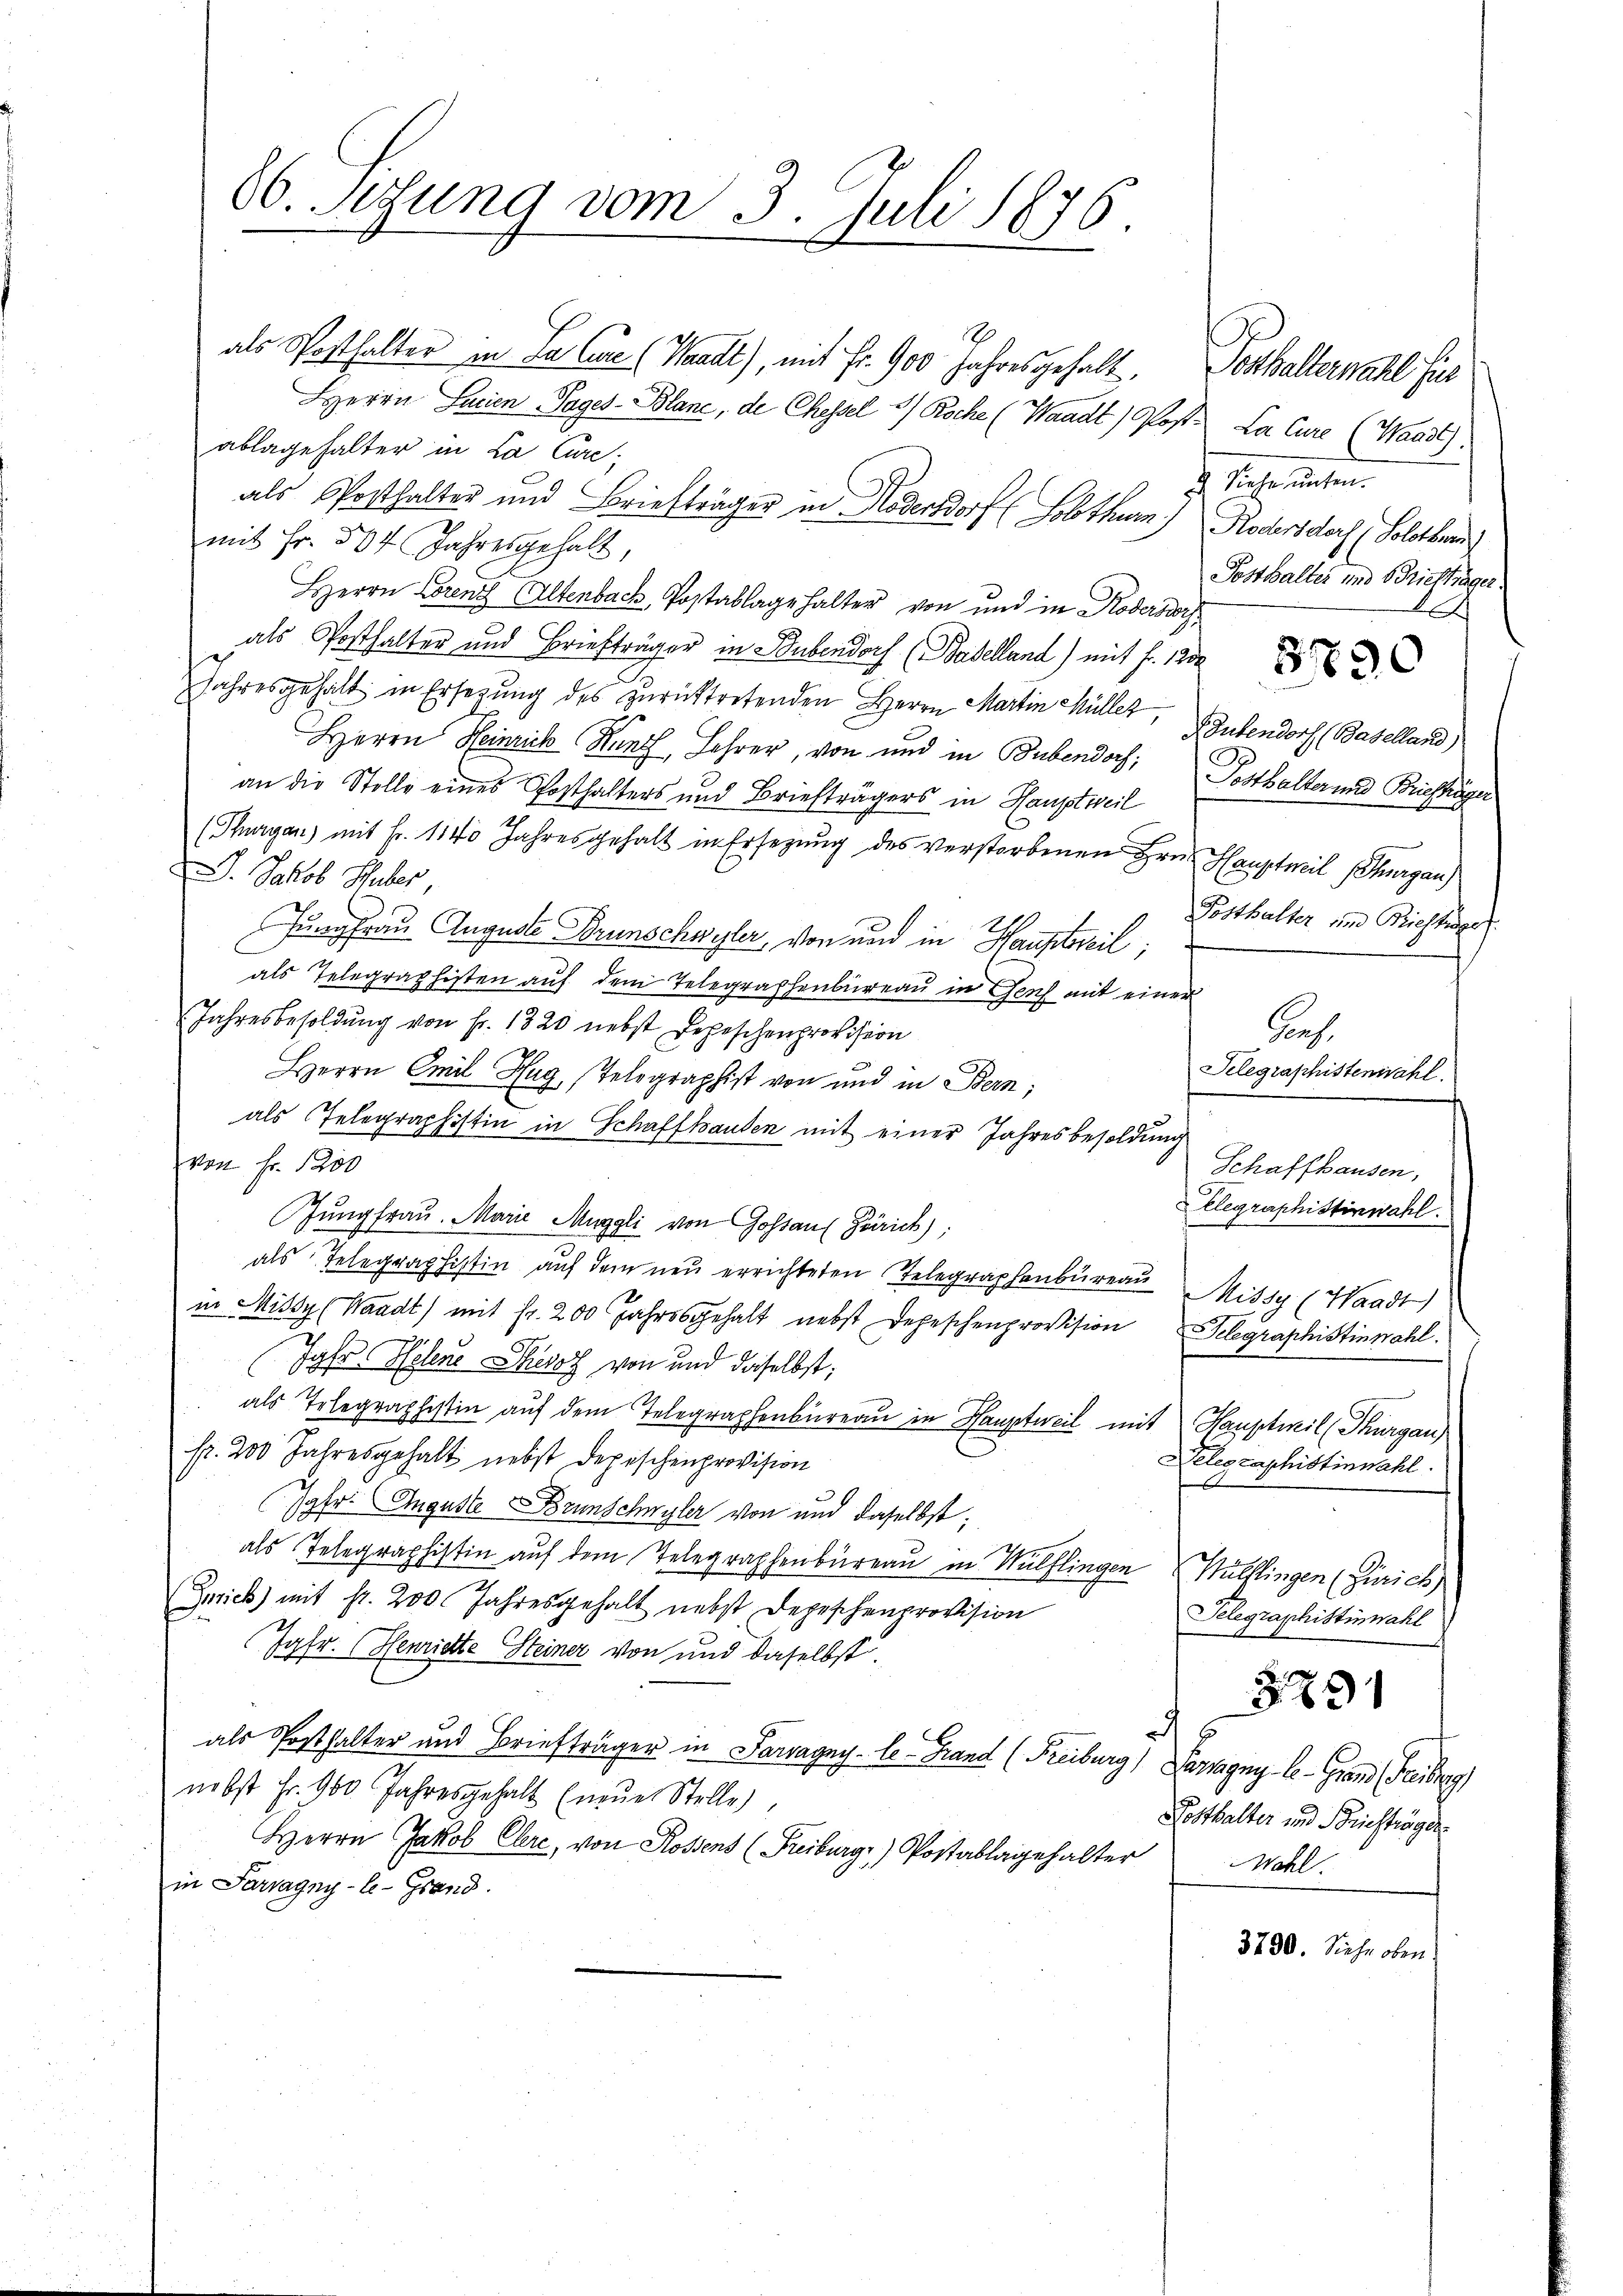
66. Sedung vom 3. Juli 1876.

E
als Posthalter in Salic (Waadt), mit Fr. 900 Jahresgehalt, Gotthalternahl für
Herrn Lacien Tages-Plane, de Chessel 1/ Koche (Waadt) Post. La Cure (Waadt).
ablage halter in La Cure;
als Posthalter und Briefträger in Modensdorf (Solothur) Rodersdorf (Solotberi
mit Fr. 507 Jahresgehalt,
Herrn Lorent Altenbach, Postablage halter von und in Kodersdorf
als Posthalter und Briefträger in Bubendorf (Baselland) mit f. 120
Jahresgehalt in Ersetzŭng des zurücktretenden Herrn Martin Müller,
Autendorf (Baselland)
Herrn Heinrich Kunz, Lehrer, von und in Bubendoch, Posthalter und Briefsinger
an die Stelle eines Posthalters und Briefträgers in Hauptweil
(Thurgau) mit Fr. 1140 Jahresgehalt in Ersetzŭng des verstorbenen Hrn. Hauptweil Schurgau)
D. Jakob Huber
Jungfrau Auguste Brunschwyler, von und in Hauptweil,
als Telegraphisten auf dem Telegrashenbureau in Genf mit einer
Jahresbesoldung von Fr. 1820 nebst Depeschenprovision
Porf.
Telegraphistenwahl.
Herrn Emil Hug, Telegraphist von und in Bern;
als Telegraphistin in Schaffhausen mit einer Jahresbesoldung
von Fr. 1200
Schaffhausen,
Elegraphistinwahl.
Jungfrau. Marie Muggli von Gossau Zürich);
als Telegraphistin auf dem neu errichteten Telegraphenbureau Mitsy (Waadt)
in Missy (Waadt) mit fr. 200 Jahresgehalt nebst Depeschenprovision Selegraphistinwohl.
Jgfr. Helene Thesez von und daselbst;
als Telegraphistin auf dem Telegraphenbüreau in Hauptweil mit Hauptwil (Thurgau
fr. 200 Jahresgehalt nebst Depeschenprovision
Delegraphistinwahl.
Jgfr. Auguste Brunschwyler von und daselbst;
als Telegraphistin auf dem Telegraphenbureau in Wülflingen Wülflingen (Zürich
Zürich) mit fr. 200 Jahresgehalt nebst Depeschenprovision
Telegraphistinwahl
Jgfr. Henriette Steiner von und daselbst.
3291
a E
als Posthalter und Briefträger in Sarragny-le- Hand (Freiburg) Parragny-le-Grand (Freiberg)
nebst Fr. 900 Jahresgehalt (neŭe Stelle,
Posthalter und Briefträger
Herrn Jakob Ehre, von Rossens (Freiburg) Postablagehalter
Wahl.
in Parragny-le-Grand.

u Siehe unten.
Posthalter und Briefträger
A

Posthalter und Brieftige

3790. Siehe oben.